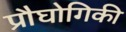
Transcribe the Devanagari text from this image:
प्रौघोगिकी